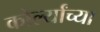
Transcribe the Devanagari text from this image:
कोर्ल्यांच्या